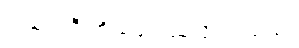
အထုပ်ကြီးကို ဖြေကြည့်လိုက်ရသည်။